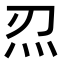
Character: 𤆕